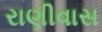
રાણીવાસ